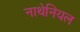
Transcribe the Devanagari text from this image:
नाथेनियल